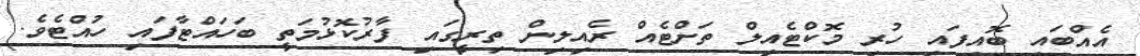
އެއްބައި ބޮއިފައި ހުރި މޮކްޓެއިލް ތަށްޓެއް ރެއިލިން ތިރީގައި ފާރުކޮޅުމަތީ ބަހައްޓާފައި ހުއްޓެވެ.